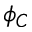
\phi _ { C }